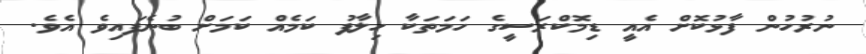
ނުރުހުން ފާޅުކޮށް އެއީ ޑިމޮކްރަސީގެ ހަމަތަކާ ހިލާފު ކަމެއް ކަމަށް ބުނެފައިވެ އެވެ.